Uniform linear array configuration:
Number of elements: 24
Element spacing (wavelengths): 1
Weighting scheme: kaiser
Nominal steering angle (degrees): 60
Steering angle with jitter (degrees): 58.997
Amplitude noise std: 0.05
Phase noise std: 0.05

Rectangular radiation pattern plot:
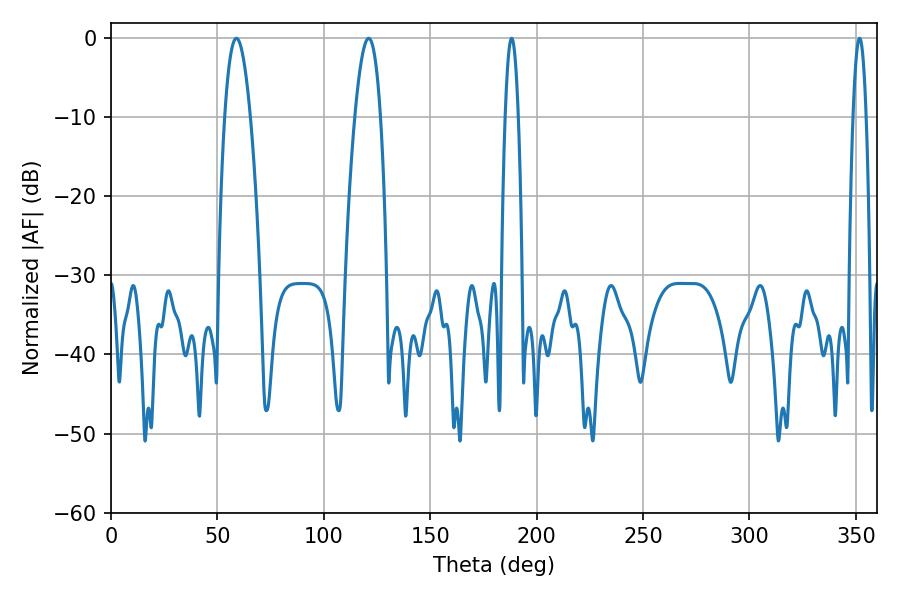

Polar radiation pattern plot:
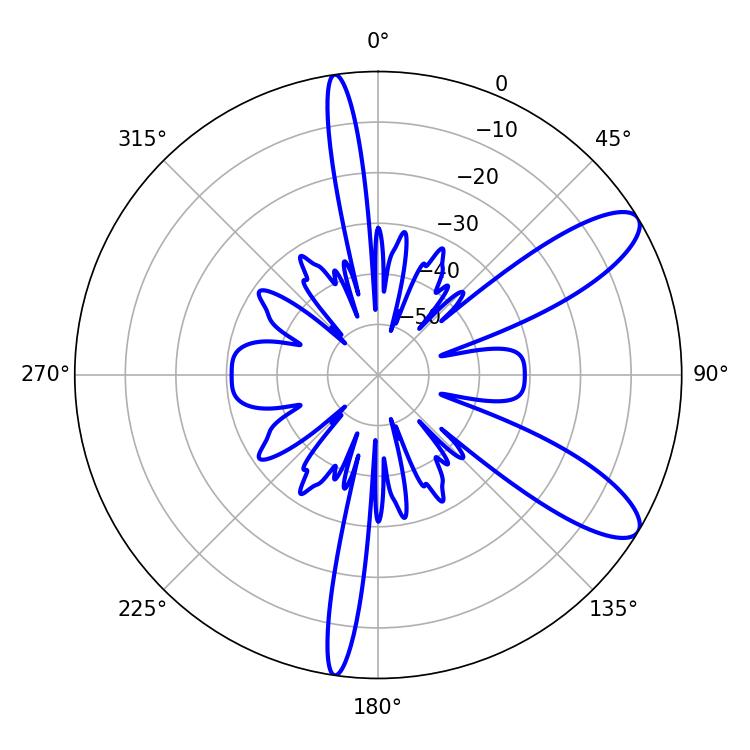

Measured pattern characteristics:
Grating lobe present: TRUE
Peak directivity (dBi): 10.103
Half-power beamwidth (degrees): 3.24
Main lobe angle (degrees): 188.28